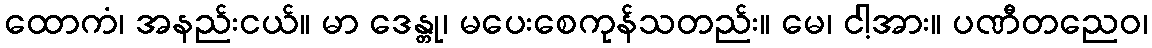
ထောကံ၊ အနည်းငယ်။ မာ ဒေန္တု၊ မပေးစေကုန်သတည်း။ မေ၊ ငါ့အား။ ပဏီတညေဝ၊